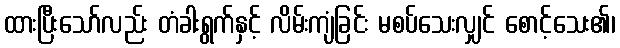
ထားပြီးသော်လည်း တံခါးရွက်နှင့် လိမ်းကျံခြင်း မစပ်သေးလျှင် စောင့်သေး၏၊